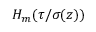
H _ { m } ( \tau / \sigma ( z ) )